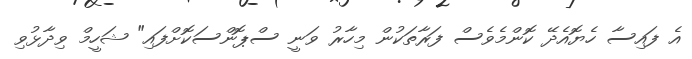
އެ ފައިސާ ހެޔޮއެދޭ ކޮންމެވެސް ފަރާތަކުން މިހާރު ވަނީ ސްޕޮންސަކޮށްފައި" ޝަހީމް ވިދާޅުވި